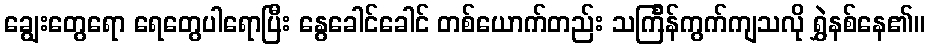
ချွေးတွေရော ရေတွေပါရောပြီး နွေခေါင်ခေါင် တစ်ယောက်တည်း သင်္ကြန်ကွက်ကျသလို ရွှဲနစ်နေ၏။